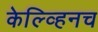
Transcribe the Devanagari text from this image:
केल्व्हिनच